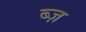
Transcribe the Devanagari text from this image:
ब्ज़